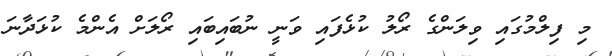
މި ފިލްމުގައި ވިލަންގެ ރޯލު ކުޅެފައި ވަނީ ނުބައިބައި ރޯލަށް އެންމެ ކުޅަދާނަ